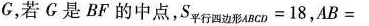
G，若G是BF的中点，$$S _ { 平 行 四 边 形 A B C D } = 1 8 $$，$$A B =